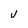
Character: V